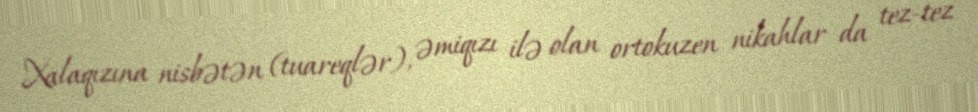
Xalaqızına nisbətən (tuareqlər), əmiqızı ilə olan ortokuzen nikahlar da tez-tez